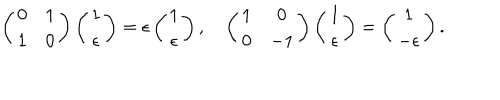
\left( \begin{matrix} { { 0 } } & { { 1 } } \\ { { 1 } } & { { 0 } } \\ \end{matrix} \right) \left( \begin{matrix} { { 1 } } \\ { { \epsilon } } \\ \end{matrix} \right) = \epsilon \left( \begin{matrix} { { 1 } } \\ { { \epsilon } } \\ \end{matrix} \right) , \quad \left( \begin{matrix} { { 1 } } & { { 0 } } \\ { { 0 } } & { { - 1 } } \\ \end{matrix} \right) \left( \begin{matrix} { { 1 } } \\ { { \epsilon } } \\ \end{matrix} \right) = \left( \begin{matrix} { { 1 } } \\ { { - \epsilon } } \\ \end{matrix} \right) .